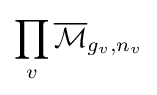
\prod _{v}{\overline {\mathcal {M}}}_{g_{v},n_{v}}